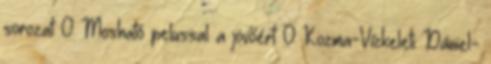
sorozat 0 Mosható pelussal a jövőért 0 Kozma-Vízkeleti Dániel-